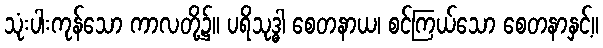
သုံးပါးကုန်သော ကာလတို့၌။ ပရိသုဒ္ဓါ စေတနာယ၊ စင်ကြယ်သော စေတနာနှင့်။